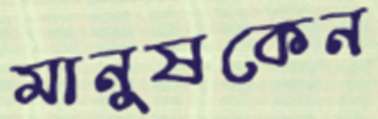
মানুষকেন